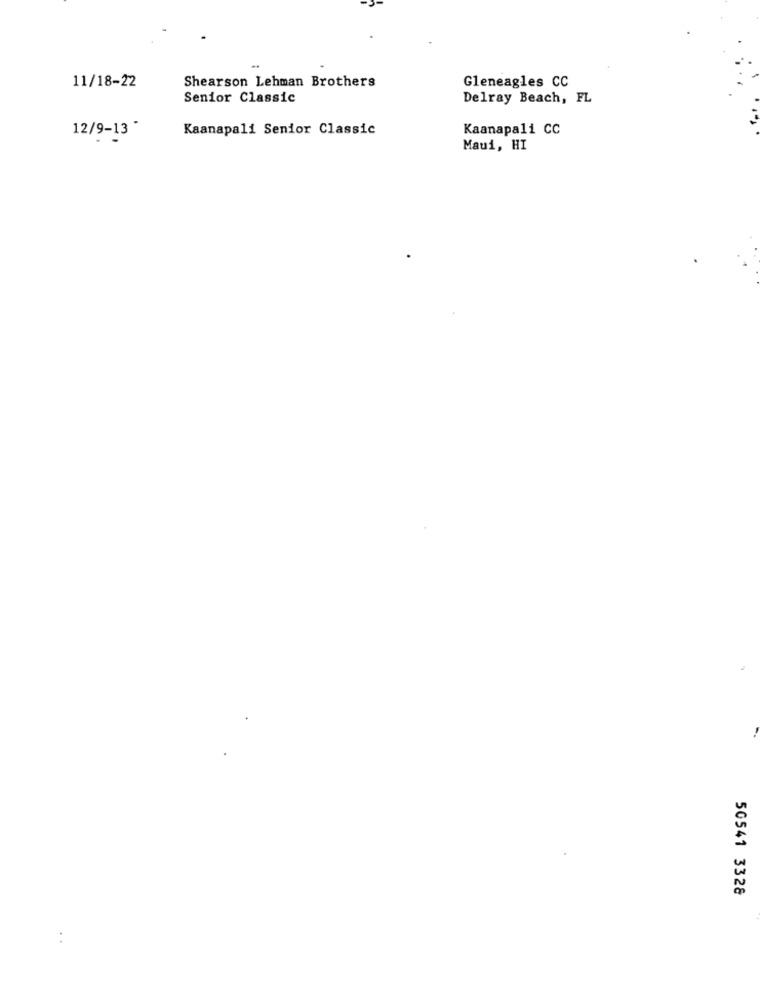
Shearson Lehman Brothers
Gleneagles CC
11/18-22
Senior Classic
Delray Beach, FL
Kaanapali Senior Classic
Kaanapali CC
12/9-13 *
Maui, HI
50541 3328